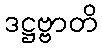
ဒဋ္ဌဗ္ဗာတိ